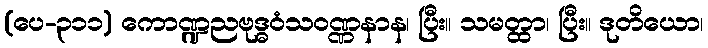
(ပေ-၃၁၁) ကောဏ္ဍညဗုဒ္ဓဝံသဝဏ္ဏနာန၊ ပြီး။ သမတ္ထာ၊ ပြီး။ ဒုတိယော၊